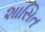
શાસિત